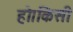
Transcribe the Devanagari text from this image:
हो।किसी